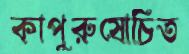
কাপুরুষোচিত